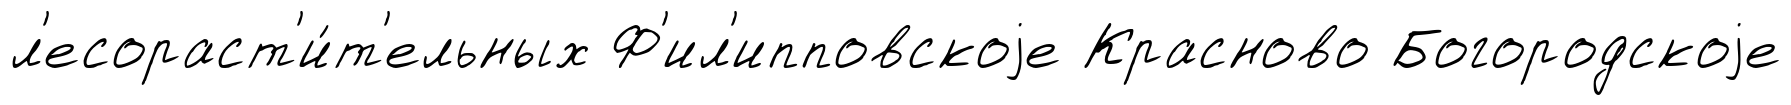
л'есораст'и́т'ельных Ф'ил'ипповскоjе Красново Богородскоjе